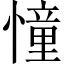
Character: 憧